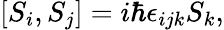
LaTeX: [S_{i},S_{j}]=i\hbar\epsilon_{ijk}S_{k},